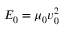
{ \cal E } _ { 0 } = \mu _ { 0 } v _ { 0 } ^ { 2 }